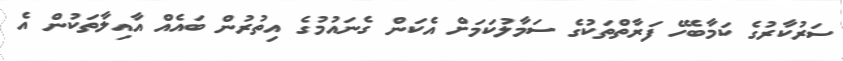
ސަރުކާރުގެ ކަމާބެހޭ ފަރާތްތަކުގެ ސަމާލުކަމަށް އެކަން ގެނައުމުގެ އިތުރުން ބައެއް އާއިލާތަކުން އެ